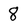
Character: 8